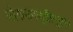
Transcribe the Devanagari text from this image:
लोकसमजुतीनुसार